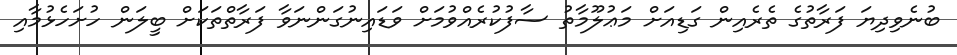
ބުނެވިދިޔަ ފަރާތުގެ ތެރެއިން ގަޑިއަށް މަޢުލޫމާތު ސާފުކުރެއްވުމަށް ވަޑައިނުގަންނަވާ ފަރާތްތަކަށް ބީލަން ހުށަހެޅުމާއި